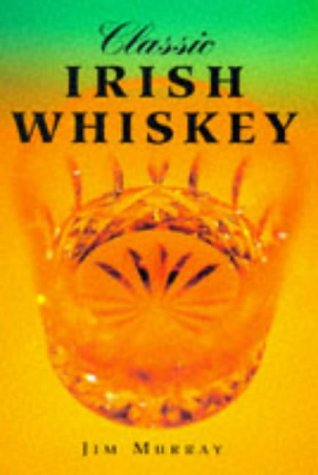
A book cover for Classic Irish Whiskey (Classic drinks series); Jim Murray; Crafts, Hobbies & Home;